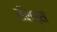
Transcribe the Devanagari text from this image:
सॅलड्स